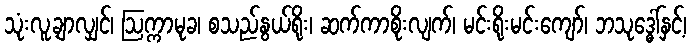
သုံးလူ့ချာလျှင်၊ ဩက္ကာမုခ၊ စသည်နွယ်ရိုး၊ ဆက်ကာစိုးလျက်၊ မင်းရိုးမင်းကျော်၊ ဘသုဒ္ဓေါ်နှင့်၊